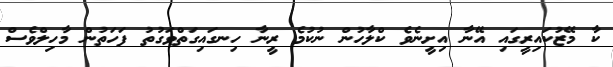
ކާ މޭޒުކައިރީގައި އޭނާ އިށީނެވެ ކްލާހުން ނުކުމެ ރީނާ ހިނގައިގަތްވަގުތު ފަހަތުން މާހިލްވެސް